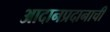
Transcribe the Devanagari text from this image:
आदानप्रदानाची